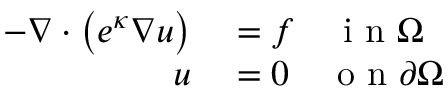
\begin{array} { r l } { - \nabla \cdot \left( e ^ { \kappa } \nabla u \right) } & { { } = f \quad \mathrm { ~ i ~ n ~ } \Omega } \\ { u } & { { } = 0 \quad \mathrm { ~ o ~ n ~ } \partial \Omega } \end{array}